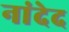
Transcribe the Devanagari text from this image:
नांदेद